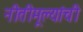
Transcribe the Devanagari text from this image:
नीतीमूल्यांची